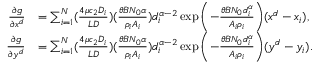
\begin{array} { r l } { \frac { \partial g } { \partial x ^ { d } } } & { = \sum _ { i = 1 } ^ { N } ( \frac { 4 \mu c _ { 2 } D _ { i } } { L D } ) ( \frac { \theta B N _ { 0 } \alpha } { \rho _ { i } A _ { i } } ) d _ { i } ^ { \alpha - 2 } \exp { \left( - \frac { \theta B N _ { 0 } d _ { i } ^ { \alpha } } { A _ { i } \rho _ { i } } \right) } ( x ^ { d } - x _ { i } ) , } \\ { \frac { \partial g } { \partial y ^ { d } } } & { = \sum _ { i = 1 } ^ { N } ( \frac { 4 \mu c _ { 2 } D _ { i } } { L D } ) ( \frac { \theta B N _ { 0 } \alpha } { \rho _ { i } A _ { i } } ) d _ { i } ^ { \alpha - 2 } \exp { \left( - \frac { \theta B N _ { 0 } d _ { i } ^ { \alpha } } { A _ { i } \rho _ { i } } \right) } ( y ^ { d } - y _ { i } ) . } \end{array}